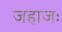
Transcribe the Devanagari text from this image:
जहाजः